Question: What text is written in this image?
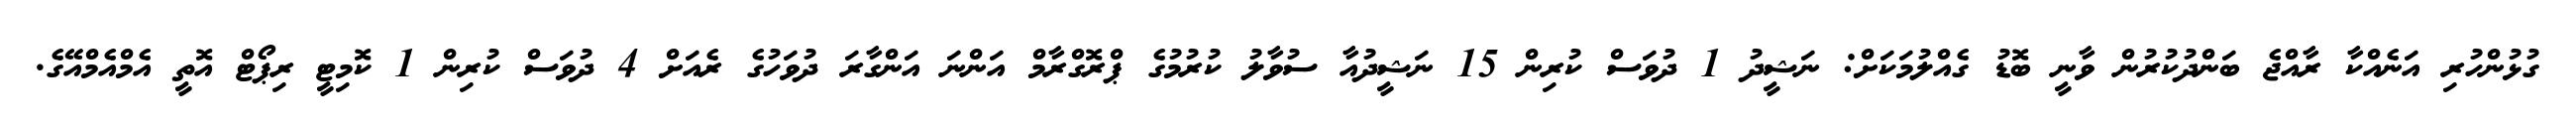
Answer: ގުޅުންހުރި އަނެއްކާ ރާއްޖެ ބަންދުކުރުން ވާނީ ބޮޑު ގެއްލުމަކަށް: ނަޝީދު 1 ދުވަސް ކުރިން 15 ނަޝީދުއާ ސުވާލު ކުރުމުގެ ޕްރޮގްރާމް އަންނަ އަންގާރަ ދުވަހުގެ ރެއަށް 4 ދުވަސް ކުރިން 1 ކޮމިޓީ ރިޕޯޓް އޮތީ އެމްއެމްއޭގެ.